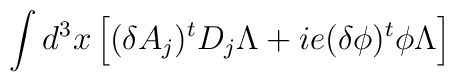
\int d^3x \left[ (\delta A_j)^t D_j \Lambda  + i e(\delta \phi)^t           \phi \Lambda  \right]